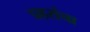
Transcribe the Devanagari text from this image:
प्रहरांचा